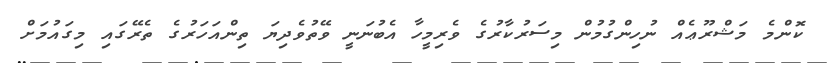
ކޮންމެ މަޝްރޫޢެއް ނުހިންގުމުން މިސަރުކާރުގެ ވެރިމީހާ އެބުނަނީ ވޭތުވެދިޔަ ތިންއަހަރުގެ ތެރޭގައި މިގައުމަށް